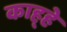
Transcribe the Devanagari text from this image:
काह्हे